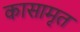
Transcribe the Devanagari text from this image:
कासामृत